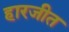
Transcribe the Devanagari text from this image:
हारजीत